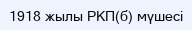
1918 жылы РКП(б) мүшесі